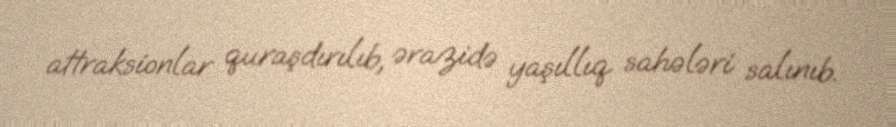
attraksionlar quraşdırılıb, ərazidə yaşıllıq sahələri salınıb.